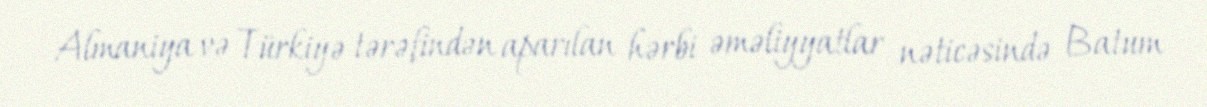
Almaniya və Türkiyə tərəfindən aparılan hərbi əməliyyatlar nəticəsində Batum